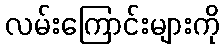
လမ်းကြောင်းများကို